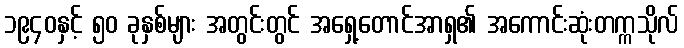
၁၉၄၀နှင့် ၅၀ ခုနှစ်များ အတွင်းတွင် အရှေ့တောင်အာရှ၏ အကောင်းဆုံးတက္ကသိုလ်